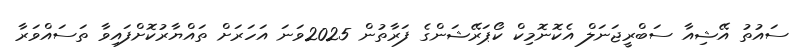
ސައުތު އޭޝިއާ ސަބްރީޖަނަލް އެކޮނޮމިކް ކޯޕަރޭޝަންގެ ފަރާތުން 2025ވަނަ އަހަރަށް ތައްޔާރުކޮށްފައިވާ ތަސައްވަރާ